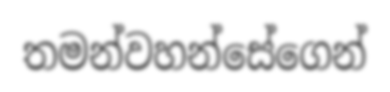
තමන්වහන්සේගෙන්